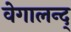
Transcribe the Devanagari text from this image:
वेगालन्द्